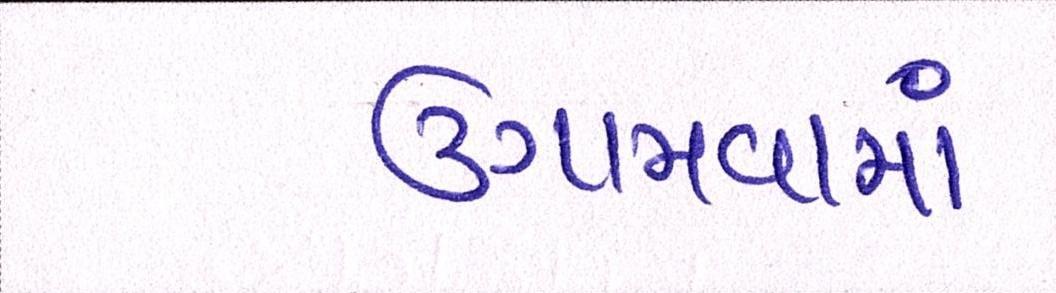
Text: ઉગામવામાં